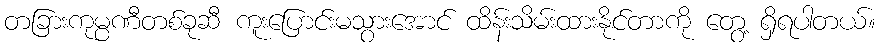
တခြားကုမ္ပဏီတစ်ခုဆီ ကူးပြောင်းမသွားအောင် ထိန်းသိမ်းထားနိုင်တာကို တွေ့ ရှိရပါတယ်။